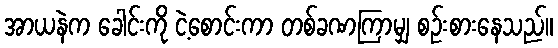
အာယနဲက ခေါင်းကို ငဲ့စောင်းကာ တစ်ခဏကြာမျှ စဉ်းစားနေသည်။